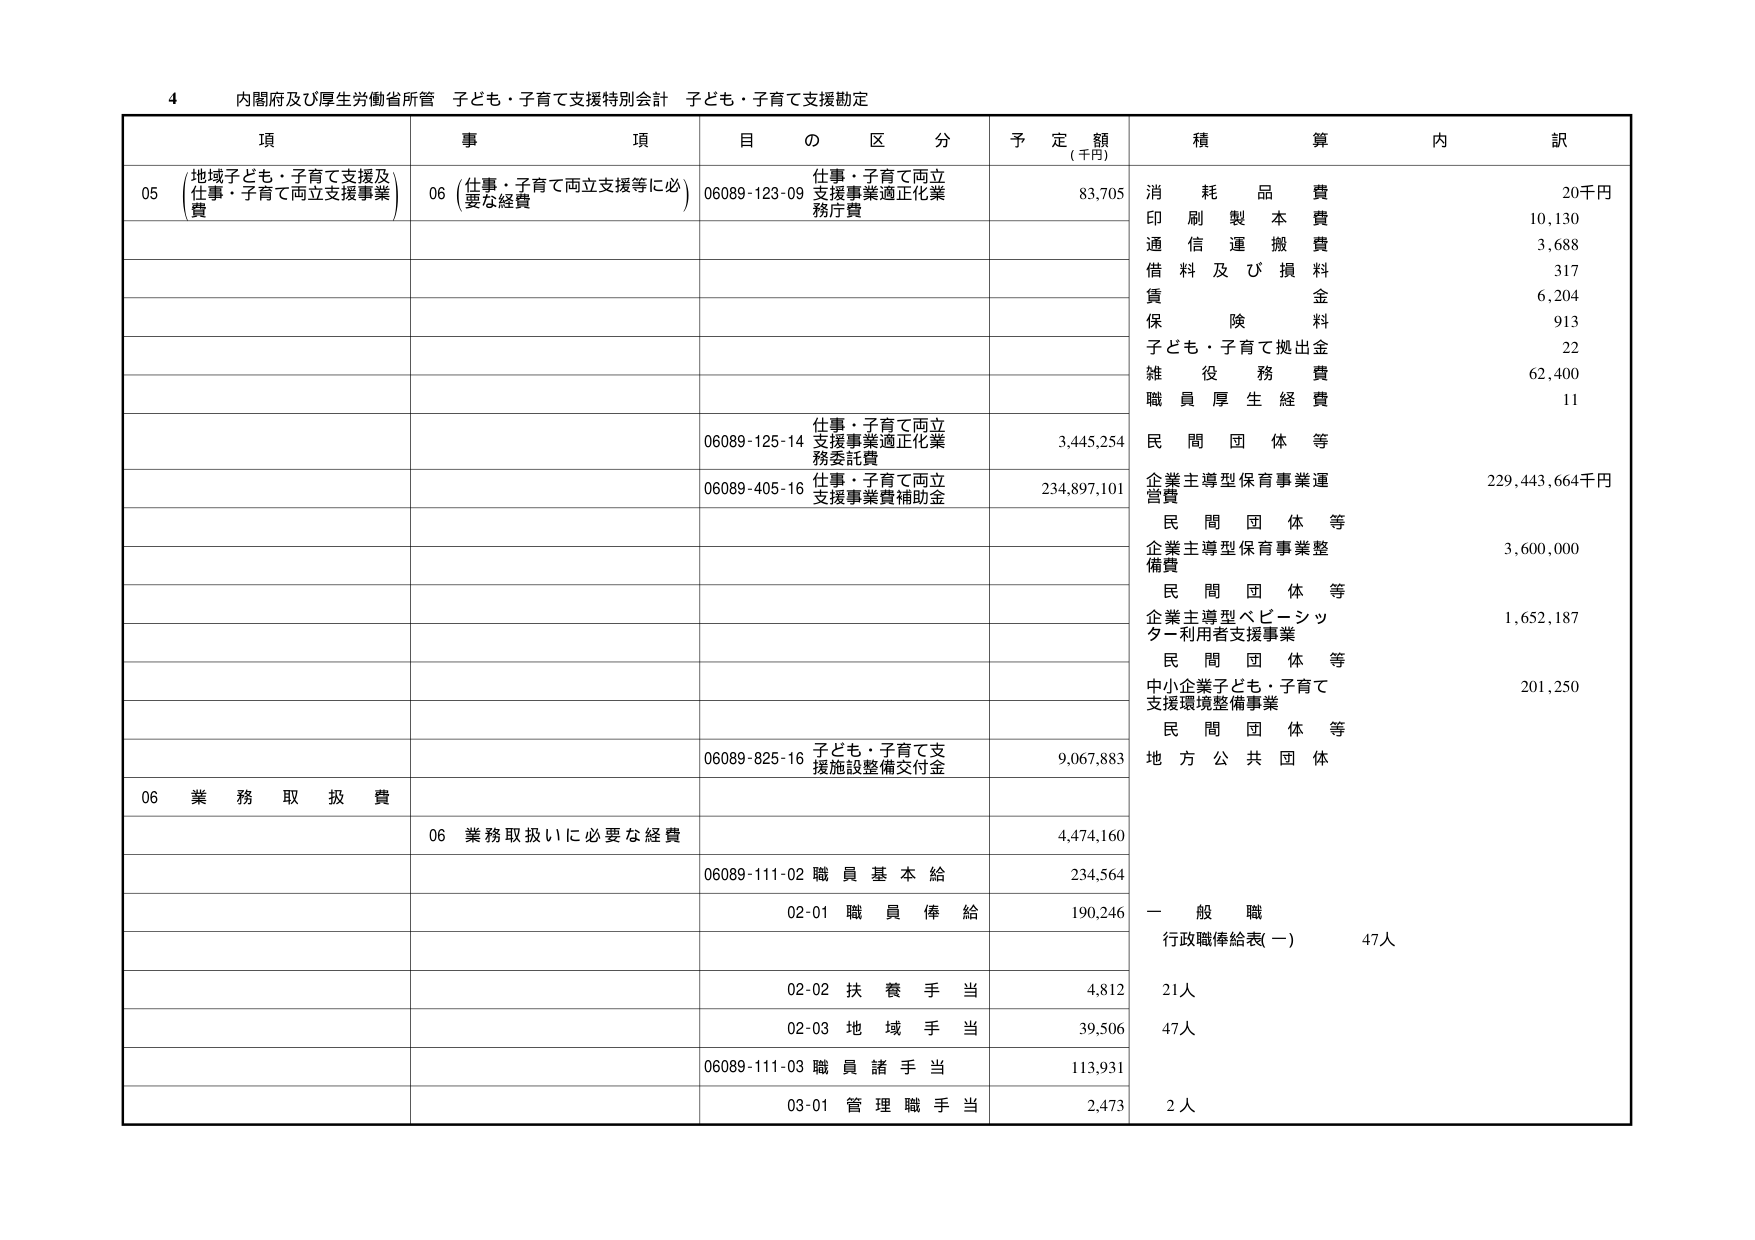
4 内閣府及び厚生労働省所管 子ども・子育て支援特別会計 子ども・子育て支援勘定

項 事 項 目 の 区 分 予 定 額 (千円) 積 算 内 訳

05 (地域子ども・子育て支援及 仕事・子育て両立支援等に必 06089-123-09 仕事・子育て両立 83,705 消 耗 品 費 20千円
(仕事・子育て両立支援事業) 要な経費 支援事業適正化業 務庁費 印 刷 製 本 費 10,130
通 信 運 搬 費 3,688
借 料 及 び 損 料 317
賃 金 6,204
保 険 料 913
子ども・子育て拠出金 22
雑 役 務 費 62,400
職 員 厚 生 経 費 11

06089-125-14 仕事・子育て両立 3,445,254 民 間 団 体 等
支援事業適正化業 務委託費

06089-405-16 仕事・子育て両立 234,897,101 企業主導型保育事業運 229,443,664千円
支援事業費補助金 営費

民 間 団 体 等
企業主導型保育事業整 3,600,000
備費

民 間 団 体 等
企業主導型ベビーシッ 1,652,187
ター利用者支援事業

民 間 団 体 等
中小企業子ども・子育て 201,250
支援環境整備事業

民 間 団 体 等
06089-825-16 子ども・子育て支 9,067,883 地 方 公 共 団 体
援施設整備交付金

06 業 務 取 扱 費

06 業務取扱いに必要な経費 4,474,160

06089-111-02 職 員 基 本 給 234,564

02-01 職 員 俸 給 190,246 一 般 職
行政職俸給表(一) 47人

02-02 扶 養 手 当 4,812 21人

02-03 地 域 手 当 39,506 47人

06089-111-03 職 員 諸 手 当 113,931

03-01 管 理 職 手 当 2,473 2人